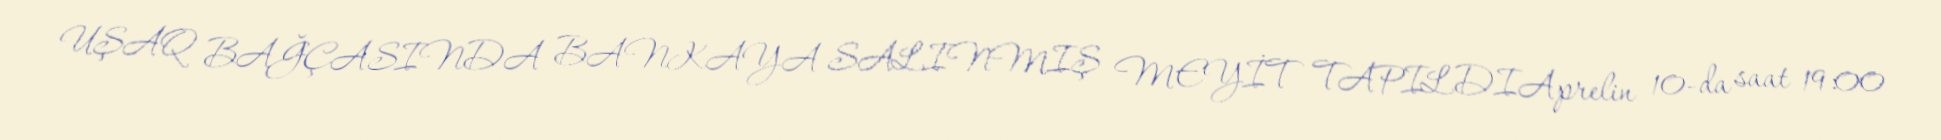
UŞAQ BAĞÇASINDA BANKAYA SALINMIŞ MEYİT TAPILDIAprelin 10-da saat 19:00